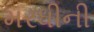
મરધીની